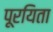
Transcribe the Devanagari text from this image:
पूरयिता